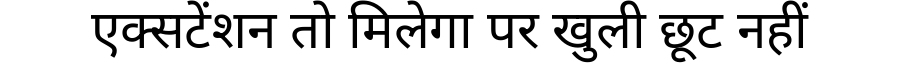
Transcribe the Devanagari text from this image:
एक्सटेंशन तो मिलेगा पर खुली छूट नहीं